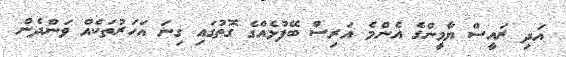
އަދި ރައީސް ޔާމީންގެ އެންމެ އަރިސް ބޭފުޅެއްގެ ގޮތުގައި ގިނަ އަހަރުތަކެއް ވަންދެން